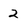
Character: 2